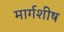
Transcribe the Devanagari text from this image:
मार्गशीष